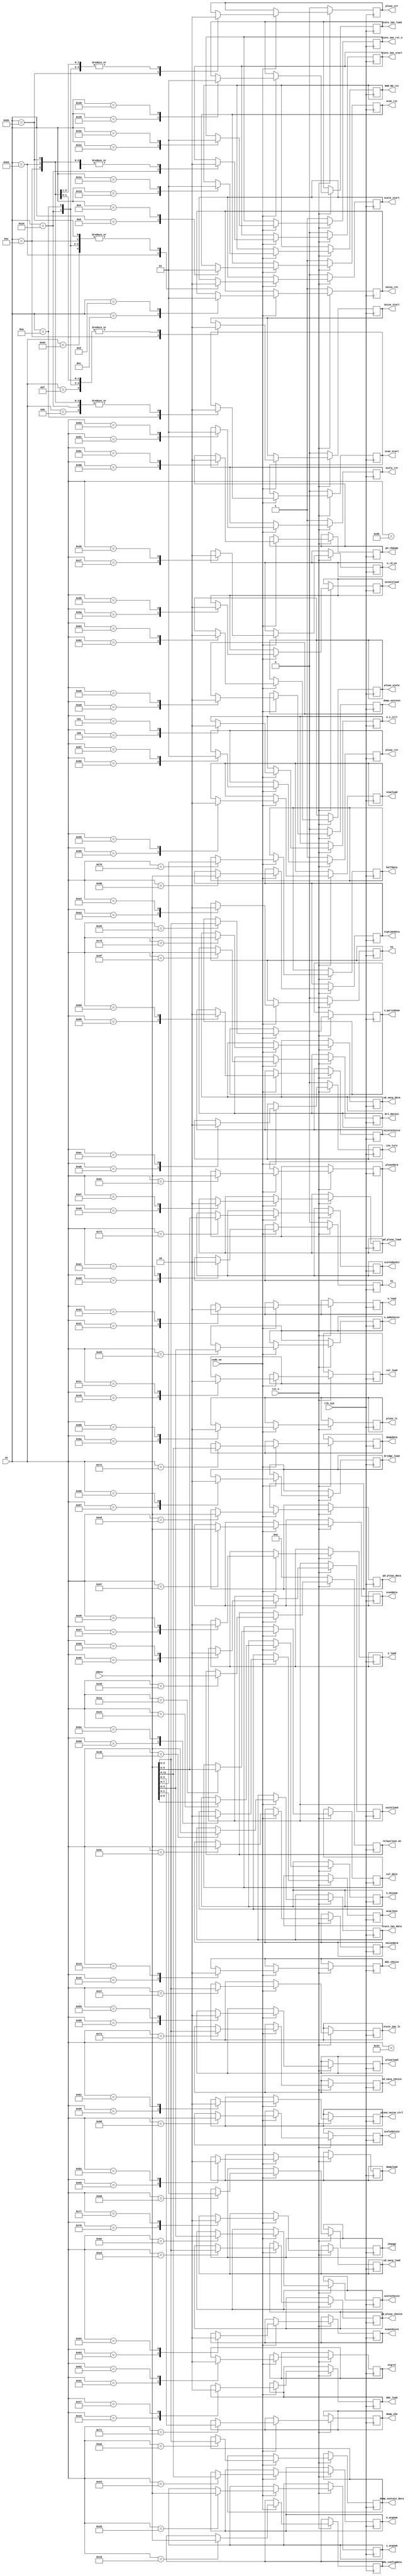
module top_code(
                input  rst_n,
                input  clk_sys,
                input  [18:0] xa,
                input  code_en,
                input  [15:0] xdata,

                output reg scan_rst,
                output reg scan_start,
                output reg noise_rst,
                output reg noise_start,
                output reg [15:0] dds_configdata,
                output reg dds_load,
                output reg dds_choice,
                output reg cal_load,
                output reg [5:0] cal_data,
                output reg [15:0] s_acqnum,
                output reg s_load,
                output reg [1:0] change,
                output reg scale_rst,
                output reg scale_start,
                output reg scaleload,
                output reg bridge_load,
                output reg pn_change,
                output reg dumpload,
                output reg [15:0] scaledatain,
                output reg [4:0] scalechoice,
                output reg [15:0] bri_datain,
                output reg [7:0] halfdata,
                output reg [2:0] dump_cho,
                output reg [11:0] dumpdata,
                output reg [5:0] scaleddsdiv,
                output reg pluse_noise_ctrl,
                output reg pluse_scale,
                output reg pluse_str,
                output reg pluse_rst,
                output reg [15:0] plusedata,
                output reg pluseload,
                output reg pluse_lc,
                output reg [15:0] relayclose_on,
                output reg [15:0] sigtimedata,
                output reg sigrst,
                output reg scanchoice,
                output reg scanload,
                output reg [15:0] scandata,
                output reg nstateload,
                output reg nstatechoice,
                output reg [15:0] noisedata,
                output reg acqclken,
                output reg k1,
                output reg k2,
                output reg state_1ms_rst_n,
                output reg state_1ms_start,
                output reg [3:0] state_1ms_lc,
                output reg state_1ms_load,
                output reg [15:0] state_1ms_data,
                output reg n_load,
                output reg n_s_ctrl,
                output reg [9:0] n_divnum ,
                output reg [3:0] s_periodnum,
                output reg [11:0] n_acqnum,
                output reg [3:0]sd_sacq_choice,
                output reg [15:0]sd_sacq_data,
                output reg sd_sacq_load,
                output reg [3:0]  pd_pluse_choice,
                output reg pd_pluse_load,
                output reg [15:0] pd_pluse_data,
                output reg RAM_Rd_rst,
                output reg n_rd_en,
                output reg [4:0] s_addchoice,
                output reg dump_sustain,
                output reg [3:0] dump_sustain_data,
                output reg inv_turn
                );

always@(posedge clk_sys)
  begin
      if (rst_n == 1'b0)        
        begin
              scan_rst <= 1;
              noise_rst <= 1;
              scale_rst <= 1;
              pluse_rst <= 1;
              state_1ms_rst_n <= 1;

              scan_start <= 0;
              noise_start <= 0;
              scale_start <= 0;
              pluse_str <= 0;
              state_1ms_start <= 0;
              relayclose_on <= 0;
              k1 <= 0;
              k2 <= 0;
              dump_sustain <= 0;
              inv_turn <= 0;
        end
              
      else
        begin
           if(code_en == 1'b1)
                 case(xa)
                 'h0031:                       
                             state_1ms_rst_n <= 0;                     
                 'h0032:                   
                             state_1ms_rst_n <= 1;                      
                 'h0033:                   
                             state_1ms_start <= 0;
                 'h0034:   
                         begin                  
                             state_1ms_start <= 1;
                             scale_start     <= 0;
                             scan_start      <= 0;
                             noise_start     <= 0;
                             pluse_str       <= 0;
                         end                      
                 'h0035:                            
                             state_1ms_load <= 0;
                 'h0036:                            
                             state_1ms_load <= 1;
                 'h0037:                            
                             state_1ms_lc <= xdata[3:0];
                 'h0038:                            
                             state_1ms_data <= xdata;
                     
                /*-----------*/
                 'h0004:                            
                             n_s_ctrl <= 1;                
                 'h0005:                                                
                             n_s_ctrl <= 0;

                 /*-----------*/
                 /*
                 'h0006:                            
                            reset_out <= 0;                        
                 'h0007:                                                 
                            reset_out <= 1;                 
                  */

                 /*-----------*/
                 'h0008:                                             
                            scan_rst <= 0;
                 'h0009:                            
                            scan_rst <= 1;

                 /*-----------*/
                 'h000a:                           
                         begin                  
                             state_1ms_start <= 0;
                             scale_start     <= 0;
                             scan_start      <= 1;
                             noise_start     <= 0;
                             pluse_str       <= 0;
                         end  
                 'h000b:                            
                            scan_start <= 0;

                     
                 /*-----------*/
                 'h000c:                           
                            noise_rst <= 0;
                 'h000d:                            
                            noise_rst <= 1;
                     
                 /*-----------*/
                 'h000e:                           
                         begin                  
                             state_1ms_start <= 0;
                             scale_start     <= 0;
                             scan_start      <= 0;
                             noise_start     <= 1;
                             pluse_str       <= 0;
                         end  
                 'h000f:                            
                            noise_start <= 0;

                 /*-----dds------*/
                 'h0015:                           
                            dds_configdata <= xdata;
                     
                 /*-----dds------*/
                 'h0016:                            
                             dds_load <= 1;
                 'h0017:                                                
                             dds_load <= 0;
                     
                 /*-----dds------*/
                 'h0018:                            
                             dds_choice <= 1;
                 'h0019:                                                 
                             dds_choice <= 0;
                     
                 /*-----cal------*/
                 'h001A:                                             
                             cal_data <= xdata[5:0];
                     
                 /*-----cal------*/
                 'h001B:                                                
                             cal_load <= 1;
                 'h001C:                            
                             cal_load <= 0;
                 'h001D:                            
                             RAM_Rd_rst <= 0;
                 'h001E:                            
                             RAM_Rd_rst <= 1;
                 'h001F:                            
                             n_rd_en <= 1;
                 'h0020:                            
                             n_rd_en <= 0;
                     
                 /*-----noise_ram------*/
                 'h0021:                            
                             n_load <= 1;
                 'h0022:                            
                             n_load <= 0;
                     
                /*-----noise------*/
                 'h0023:                                             
                             n_acqnum <= xdata[11:0]; 

                /*-----noise------*/
                 'h0024:                            
                             n_divnum <= xdata[9:0];   
                     
                /*-----------*/
                 'h0025:                            
                             s_acqnum <= xdata[15:0];      
                     
                /*-----------*/
                 'h0026:                                             
                             s_periodnum <= xdata[3:0];
                     
                /*-----------*/
                 'h0027:                            
                             s_load <= 1;                     
                 'h0028:                            
                             s_load <= 0;
                 'h0029:                            
                             s_addchoice <= xdata[4:0];

                     
               /*-----1------*/
                 'h0040:                            
                             relayclose_on <= xdata[15:0];
     
               /*-----------*/
                 'h0060:                            
                             change <= xdata[1:0];
                       
               /*-----scale------*/
                 'h0061:                            
                             scale_rst <= 0;
                 'h0062:                            
                             scale_rst <= 1;
                       
               /*-----scale------*/
                 'h0063:                            
                         begin                  
                             state_1ms_start <= 0;
                             scale_start     <= 1;
                             scan_start      <= 0;
                             noise_start     <= 0;
                             pluse_str       <= 0;
                         end  
                 'h0064:                            
                             scale_start <= 0;
                       
               /*-----scale------*/
                 'h0065:                            
                            scaleload <= 1;
                 'h0066:                            
                            scaleload <= 0;
                       
               /*-----bridge------*/
                 'h0067:                            
                            bridge_load <= 1;
                 'h0068:                            
                            bridge_load <= 0;
                       
               /*-----dump------*/
                 'h0069:                            
                            dumpload <= 1;
                 'h006a:                            
                            dumpload <= 0;
                       
               /*-----------*/
                 'h006b:                            
                            pn_change <= 1;
                 'h006c:                            
                            pn_change <= 0;
                       
               /*-----scale------*/
                 'h006d:                            
                     
                            scaledatain <= xdata;
                       
               /*-----scale------*/
                 'h006e:                            
                            scalechoice <= xdata[4:0];

               /*-----bridge------*/
                 'h006f:                            
                            bri_datain <= xdata;
                       
               /*-----------*/
                 'h0070:                            
                            halfdata <= xdata;
                       
               /*-----dump------*/
                 'h0071:                            
                            dump_cho <= xdata[2:0];
                       
               /*-----dump------*/
                 'h0072:                            
                            dumpdata <= xdata[11:0];
                       
               /*-----scaledds------*/
                 'h0073:                            
                            scaleddsdiv <= xdata[5:0];
                 'h0074:
                            sd_sacq_choice<= xdata[3:0];               
                 'h0075:                  
                            sd_sacq_data <= xdata[15:0];                  
                 'h0076:
                            sd_sacq_load<= 1;
                 'h0077:
                            sd_sacq_load<= 0;
                 'h00A4:
                            pd_pluse_choice<= xdata[3:0];
                 'h00A5:
                            pd_pluse_data <= xdata[15:0];
                 'h00A6:
                            pd_pluse_load<= 1;
                 'h00A7:
                            pd_pluse_load<= 0;
                     
               /*-----pluse_noise------*/
                 'h0080:                            
                            pluse_noise_ctrl <= 1;
                 'h0081:                            
                            pluse_noise_ctrl <= 0;
                     
               /*-----pluse_scale------*/
                 'h0082:                            
                            pluse_scale <= 1;
                 'h0083:                            
                            pluse_scale <= 0;
                      
               /*-----pluse------*/
                 'h0084:                            
                         begin                  
                             state_1ms_start <= 0;
                             scale_start     <= 0;
                             scan_start      <= 0;
                             noise_start     <= 0;
                             pluse_str       <= 1;
                         end  
                 'h0085:                            
                             pluse_str <= 0;
                      
               /*-----pluse------*/
                 'h0086:                            
                             pluse_rst <= 0;
                 'h0087:                                                 
                             pluse_rst <= 1;
                       
               /*-----pluse------*/
                 'h0088:                                                 
                             pluseload <= 1;                 
                 'h0089:                                                 
                             pluseload <= 0;
                       
               /*-----pluse------*/
                 'h008a:                            
                             pluse_lc <= 1;
                 'h008b:                            
                             pluse_lc <= 0;
                       
               /*-----pluse------*/
                 'h008c:                            
                            plusedata <= xdata;
                     
               /*-----------*/
                 'h0090:                            
                            sigtimedata <= xdata;
                      
               /*-----------*/
                 'h0091:                            
                             sigrst <= 1;
                 'h0092:                            
                             sigrst <= 0;

               /*-----------*/
                 'h0093:                           
                            scanchoice <= 1;
                 'h0094:                            
                            scanchoice <= 0;

               /*-----------*/
                 'h0095:                           
                            scanload <= 1;
                 'h0096:                            
                            scanload <= 0;
                     
                 /*-----------*/
                 'h0097:                           
                            scandata <= xdata;

                 /*-----noise------*/
                 'h0098:                           
                            nstatechoice <= 1;
                 'h0099:                            
                            nstatechoice <= 0;

                 /*-----noise------*/
                 'h009A:                           
                            nstateload <= 1;
                 'h009B:                            
                            nstateload <= 0;
                     
                 /*-----------*/
                 'h009C:                           
                            noisedata <= xdata;

                 /*-----noise------*/
                 'h009D:                           
                            acqclken <= 1;
                 'h009E:                            
                            acqclken <= 0;
                     
                 /*-----k1------*/
                 'h00A0:                           
                            k1 <= 1;
                 'h00A1:                            
                            k1 <= 0;
                     
                 /*-----k2------*/
                 'h00A2:                           
                            k2 <= 1;
                 'h00A3:                            
                            k2 <= 0;
                            
                 /*-----dump_sustain,------*/
                 'h00A8:                           
                            dump_sustain <= 1;
                 'h00A9:                            
                            dump_sustain <= 0;   
                 'h00AA:                            
                            dump_sustain_data <= xdata[3:0];  
                 'h00AB:
                            inv_turn <= 1;
                 'h00AC:
                            inv_turn <= 0;                                                                                                  
              endcase
        end
  end


endmodule